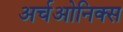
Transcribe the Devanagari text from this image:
अर्चओनिक्स